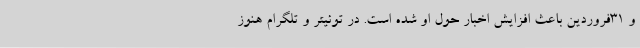
و ۳۱فروردین باعث افزایش اخبار حول او شده است. در توئیتر و تلگرام هنوز